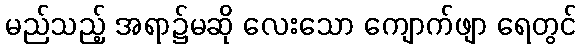
မည်သည့် အရာ၌မဆို လေးသော ကျောက်ဖျာ ရေတွင်